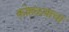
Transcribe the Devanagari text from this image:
कोहळ्याचा